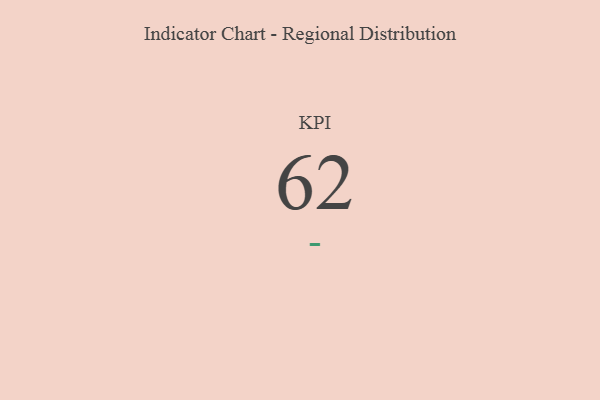
{"axis": {"x": "KPI", "y": "Value"}, "legend": [""], "data": [{"x": "KPI", "y": 62, "type": ""}]}